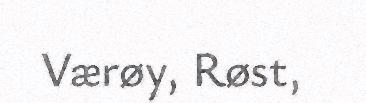
Værøy, Røst,